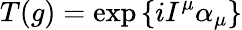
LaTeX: T(g)=\exp{\{ iI^{\mu}\alpha_{\mu}\} }